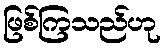
ဖြစ်ကြသည်ဟု